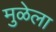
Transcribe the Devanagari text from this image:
मुळेला